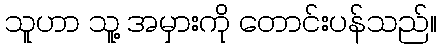
သူဟာ သူ့ အမှားကို တောင်းပန်သည်။